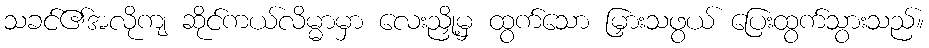
သခင်၏အလိုကျ ဆိုင်ကယ်လိမ္မာမှာ လေးညှို့မှ ထွက်သော မြှားသဖွယ် ပြေးထွက်သွားသည်။